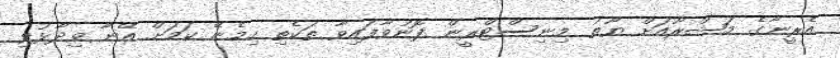
އެރީނާގެ މަޝްރޫއަށް ޔޫތު މިނިސްޓްރީން ފޮނުވާފައިވާ ތަކެތި ހިމެނޭ ކަމަށް އޭނާ ވިދާޅުވި